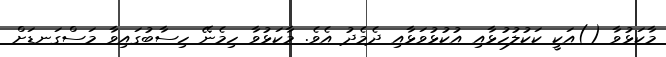
މާކަޅުވާ ()އަކީ ކަކުލުހުޅާއި އުކުޅުވަޅާއި ދެމެދު އެވެ. މާކަޅުވާ ހިމެނޭ ހިސާބުގައިވާ މަސްގަނޑަށް